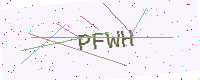
Text: PFWH